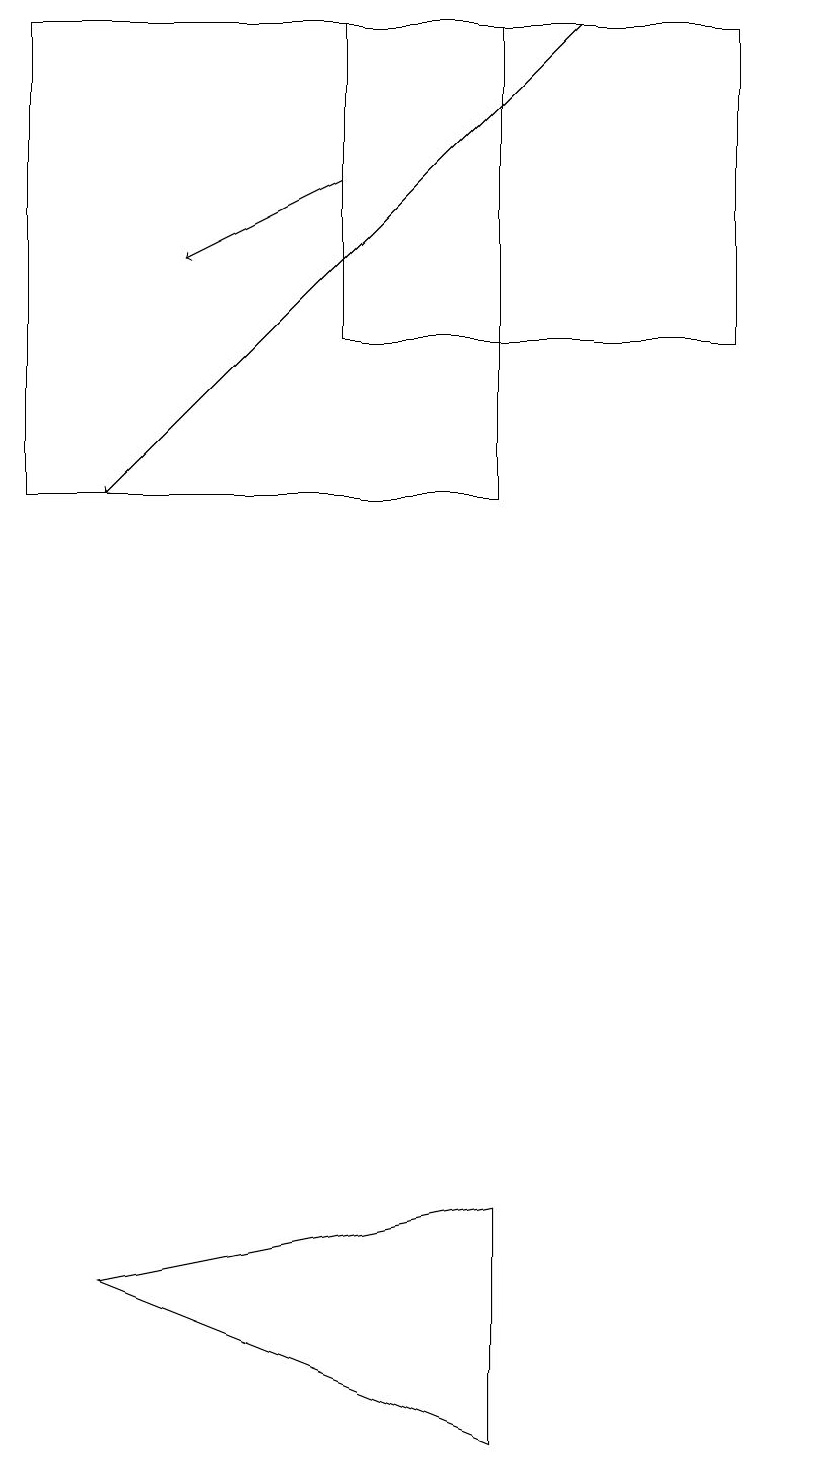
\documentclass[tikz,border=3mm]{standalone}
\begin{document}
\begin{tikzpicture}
\draw[->] (7,18) -- (1,12);
\draw (6,18) rectangle (0,12);
\draw[->] (4,16) -- (2,15);
\draw (4,18) rectangle (9,14);
\draw (6,3) -- (1,2) -- (6,0) -- cycle;
\draw (10,10) circle (0);
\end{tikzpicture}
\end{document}